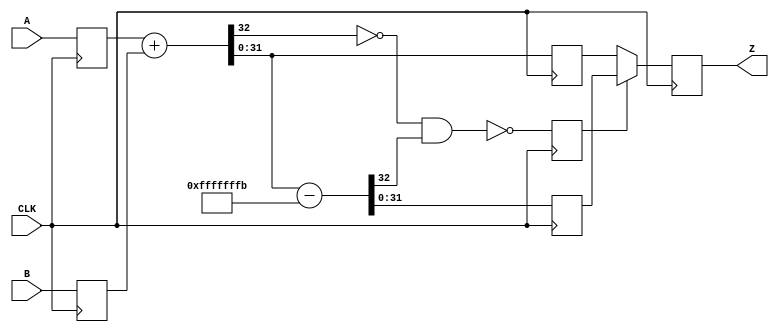
`timescale 1ns / 1ps
//////////////////////////////////////////////////////////////////////////////////
// Company: 
// Engineer: 
// 
// Design Name: 
// Module Name: MOD_ADD
// Project Name: 
// Target Devices: 
// Tool Versions: 
// Description: 
// 
// Dependencies: 
// 
// Revision:
// Revision 0.01 - File Created
// Additional Comments:
// 
//////////////////////////////////////////////////////////////////////////////////


module MOD_ADD
    #(parameter MOD = 32'd4294967291,
                IN_BW = $clog2(MOD),               // Assumed, can be adjusted at instantiation. (HAVE TO ASSIGNING VALUE IF INPUT AND MODULUS ARE NOT EQUAL WIDTHS) 
                OUT_BW = $clog2(MOD)                // Always equal to MOD bitwidth
    )
    (
        input CLK,
        input [IN_BW-1:0] A,
        input [IN_BW-1:0] B,
        output reg [OUT_BW-1:0] Z 
    );
    
    // Wires
    wire [IN_BW-1:0] SUM;
    wire [IN_BW-1:0] SUB;
    wire SUM_CARRY;
    wire SUB_CARRY;
    
    // reg input
    reg [IN_BW-1:0] A_in;
    reg [IN_BW-1:0] B_in;
    
    // reg output
    wire [IN_BW-1:0] Z_out;
    
    // pipeline
    reg SEL_PIPE;
    reg [IN_BW-1:0] SUM_PIPE;
    reg [IN_BW-1:0] SUB_PIPE;
   
    always @(posedge CLK) begin
        A_in <= A;
        B_in <= B;
    end
    
    // Adder
    assign {SUM_CARRY,SUM} = A_in + B_in;
    
    // Subtractor
    assign {SUB_CARRY,SUB} = SUM - MOD;
    
    // Select 
    assign SEL = !(!SUM_CARRY & SUB_CARRY);
    
    // pipeline
    always @(posedge CLK) begin
        SUB_PIPE <= SUB;
        SUM_PIPE <= SUM;
        SEL_PIPE <= SEL;
    end
    
    // MUX
    assign Z_out = SEL_PIPE ? SUB_PIPE : SUM_PIPE;
    
    always @(posedge CLK) begin
        Z <= Z_out;
    end

endmodule